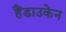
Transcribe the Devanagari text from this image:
हैंडाउकेन